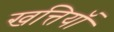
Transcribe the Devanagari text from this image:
खत्तियॉं